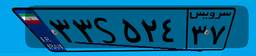
۷۲S۸۶۱۶۶